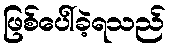
ဖြစ်ပေါ်ခဲ့ရသည်